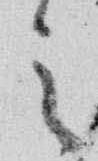
之